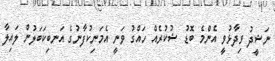
ނަޝީދު ވިދާޅުވީ އެންމެ ބޮޑު ޝުކުރެއް ހައްގު ވަނީ އެމަނިކުފާނުގެ އަނބިކަބަލުން ލައިލާ